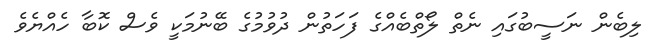
ލިބެން ނަސީބުގައި ނެތް ލޯތްބެއްގެ ފަހަތުން ދުވުމުގެ ބޭނުމަކީ ވެސް ކޮބާ ހެއްޔެވެ